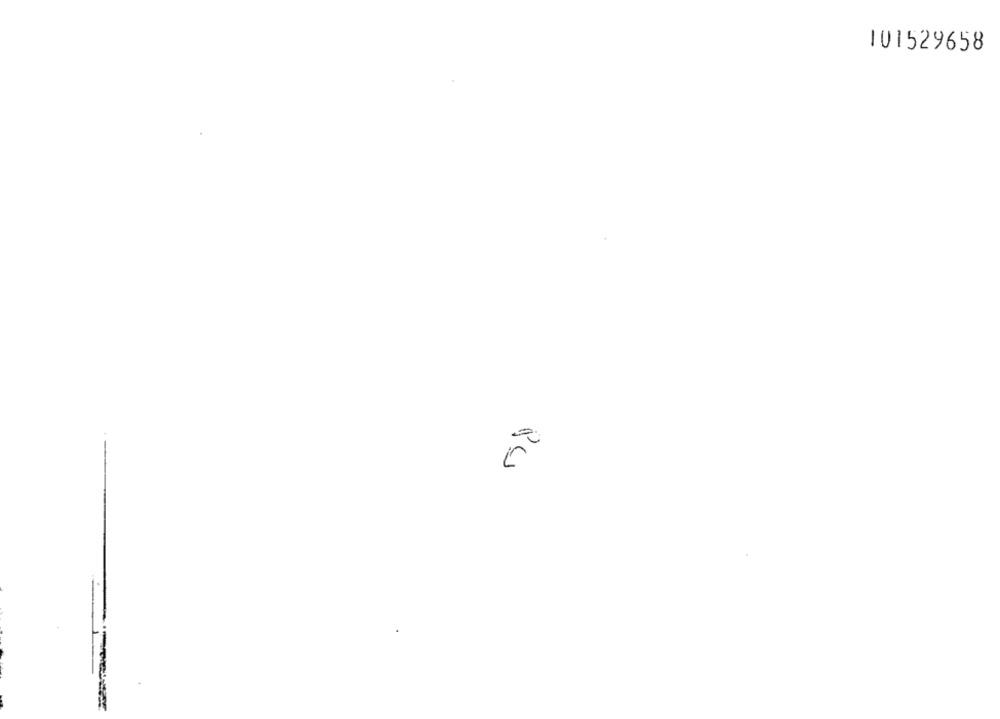
101529658